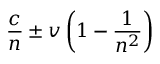
{ \frac { c } { n } } \pm v \left( 1 - { \frac { 1 } { n ^ { 2 } } } \right)